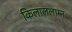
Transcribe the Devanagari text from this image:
किलाललाम्नः